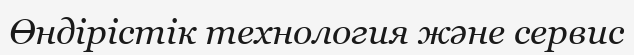
Өндірістік технология және сервис